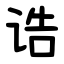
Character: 诰